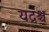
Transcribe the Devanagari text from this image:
यद्रश्च